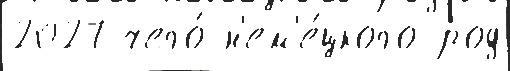
2027 чего́ н'ем'е́цкого род